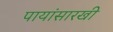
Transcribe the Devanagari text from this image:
पायांसारखी